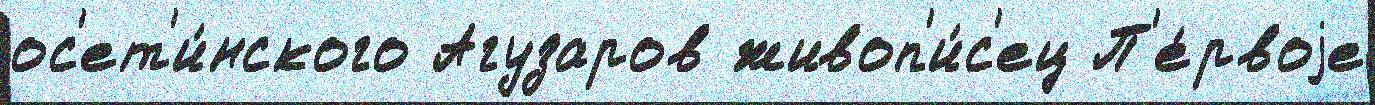
ос'ет'и́нского Агузаров живоп'и́с'ец П'е́рвоjе